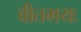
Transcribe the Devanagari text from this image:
वीतभयः